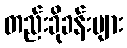
တည်းခိုခန်းများ